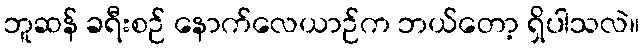
ဘူဆန် ခရီးစဉ် နောက်လေယာဉ်က ဘယ်တော့ ရှိပါသလဲ။